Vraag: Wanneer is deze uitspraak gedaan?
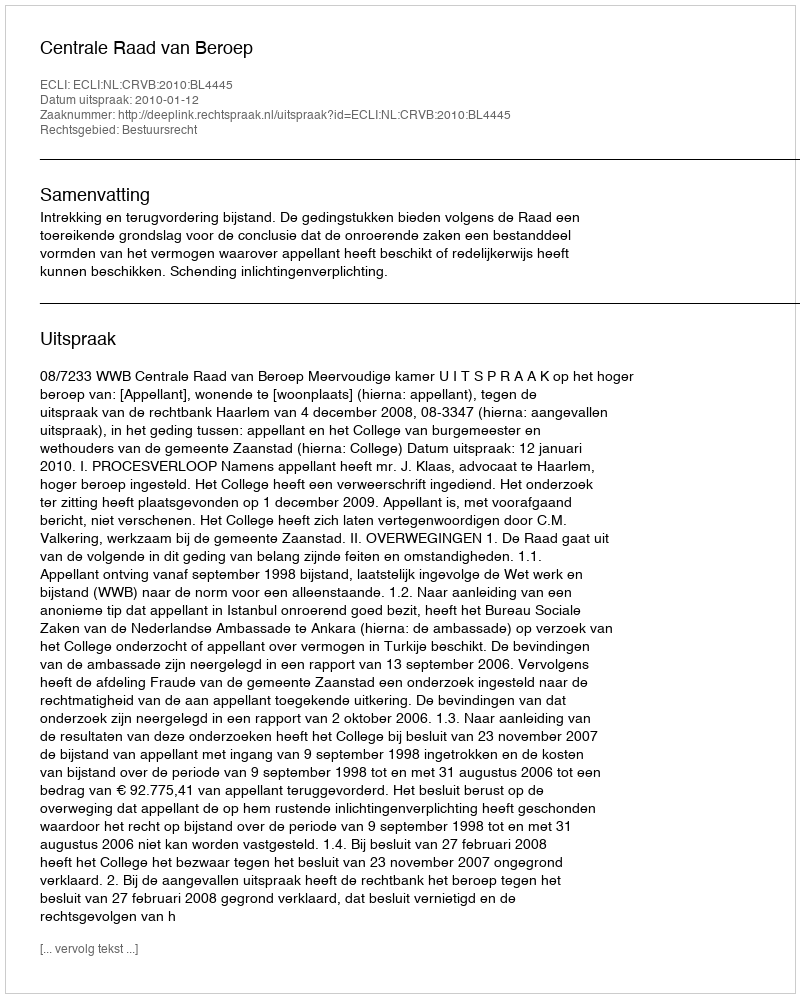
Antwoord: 2010-01-12